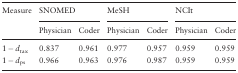
<table><thead><tr><td><b>Measure</b></td><td colspan="2"><b>SNOMED</b></td><td colspan="2"><b>MeSH</b></td><td colspan="2"><b>NCIt</b></td></tr><tr><td></td><td><b>Physician</b></td><td><b>Coder</b></td><td><b>Physician</b></td><td><b>Coder</b></td><td><b>Physician</b></td><td><b>Coder</b></td></tr></thead><tbody><tr><td>1 − <i>d</i><sub>tax</sub></td><td>0.837</td><td>0.961</td><td>0.977</td><td>0.957</td><td>0.959</td><td>0.959</td></tr><tr><td>1 − <i>d</i><sub>ps</sub></td><td>0.966</td><td>0.963</td><td>0.976</td><td>0.987</td><td>0.959</td><td>0.959</td></tr></tbody></table>